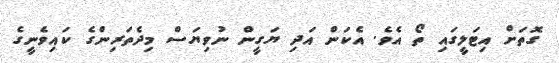
ގޮތަށް އިޓަލީގައި ތޯ އެވެ. އެކަން އަދި ޔަގީން ނުވިޔަސް މިދެތަރިންގެ ކައިވެނީގެ